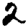
Digit: 2